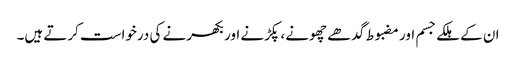
ان کے ہلکے جسم اور مضبوط گدھے چھونے ، پکڑنے اور بکھرنے کی درخواست کرتے ہیں۔